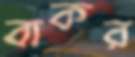
বাকর